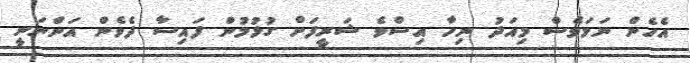
އެހެން ނަމަވެސް މިއަދު ނިހާ އިސްވެ ޝަރީފަށް ގުޅުމުން ފައިސާ ދެވެން އަންނަނީ